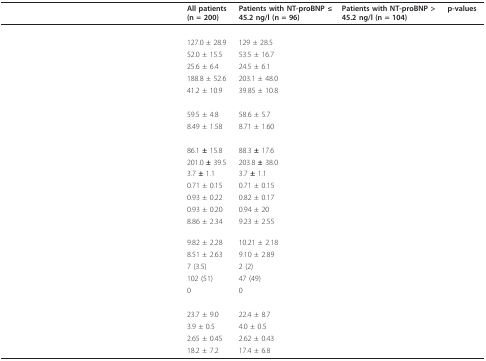
<table><thead><tr><td>[EMPTY_CELL]</td><td><b>All patients (n = 200)</b></td><td><b>Patients with NT-proBNP ≤ 45.2 ng/l (n = 96)</b></td><td><b>Patients with NT-proBNP &gt; 45.2 ng/l (n = 104)</b></td><td><b>p-values</b></td></tr></thead><tbody><tr><td>[EMPTY_CELL]</td><td>[EMPTY_CELL]</td><td>[EMPTY_CELL]</td><td>[EMPTY_CELL]</td><td>[EMPTY_CELL]</td></tr><tr><td>[EMPTY_CELL]</td><td>127.0 ± 28.9</td><td>129 ± 28.5</td><td>[EMPTY_CELL]</td><td>[EMPTY_CELL]</td></tr><tr><td>[EMPTY_CELL]</td><td>52.0 ± 15.5</td><td>53.5 ± 16.7</td><td>[EMPTY_CELL]</td><td>[EMPTY_CELL]</td></tr><tr><td>[EMPTY_CELL]</td><td>25.6 ± 6.4</td><td>24.5 ± 6.1</td><td>[EMPTY_CELL]</td><td>[EMPTY_CELL]</td></tr><tr><td>[EMPTY_CELL]</td><td>188.8 ± 52.6</td><td>203.1 ± 48.0</td><td>[EMPTY_CELL]</td><td>[EMPTY_CELL]</td></tr><tr><td>[EMPTY_CELL]</td><td>41.2 ± 10.9</td><td>39.85 ± 10.8</td><td>[EMPTY_CELL]</td><td>[EMPTY_CELL]</td></tr><tr><td>[EMPTY_CELL]</td><td>[EMPTY_CELL]</td><td>[EMPTY_CELL]</td><td>[EMPTY_CELL]</td><td>[EMPTY_CELL]</td></tr><tr><td>[EMPTY_CELL]</td><td>59.5 ± 4.8</td><td>58.6 ± 5.7</td><td>[EMPTY_CELL]</td><td>[EMPTY_CELL]</td></tr><tr><td>[EMPTY_CELL]</td><td>8.49 ± 1.58</td><td>8.71 ± 1.60</td><td>[EMPTY_CELL]</td><td>[EMPTY_CELL]</td></tr><tr><td>[EMPTY_CELL]</td><td>[EMPTY_CELL]</td><td>[EMPTY_CELL]</td><td>[EMPTY_CELL]</td><td>[EMPTY_CELL]</td></tr><tr><td>[EMPTY_CELL]</td><td>86.1 <b>± </b>15.8</td><td>88.3 <b>± </b>17.6</td><td>[EMPTY_CELL]</td><td>[EMPTY_CELL]</td></tr><tr><td>[EMPTY_CELL]</td><td>201.0 <b>± </b>39.5</td><td>203.8 <b>± </b>38.0</td><td>[EMPTY_CELL]</td><td>[EMPTY_CELL]</td></tr><tr><td>[EMPTY_CELL]</td><td>3.7 <b>± </b>1.1</td><td>3.7 <b>± </b>1.1</td><td>[EMPTY_CELL]</td><td>[EMPTY_CELL]</td></tr><tr><td>[EMPTY_CELL]</td><td>0.71 ± 0.15</td><td>0.71 ± 0.15</td><td>[EMPTY_CELL]</td><td>[EMPTY_CELL]</td></tr><tr><td>[EMPTY_CELL]</td><td>0.93 ± 0.22</td><td>0.82 ± 0.17</td><td>[EMPTY_CELL]</td><td>[EMPTY_CELL]</td></tr><tr><td>[EMPTY_CELL]</td><td>0.93 ± 0.20</td><td>0.94 ± 20</td><td>[EMPTY_CELL]</td><td>[EMPTY_CELL]</td></tr><tr><td>[EMPTY_CELL]</td><td>8.86 ± 2.34</td><td>9.23 ± 2.55</td><td>[EMPTY_CELL]</td><td>[EMPTY_CELL]</td></tr><tr><td>[EMPTY_CELL]</td><td>9.82 ± 2.28</td><td>10.21 ± 2.18</td><td>[EMPTY_CELL]</td><td>[EMPTY_CELL]</td></tr><tr><td>[EMPTY_CELL]</td><td>8.51 ± 2.63</td><td>9.10 ± 2.89</td><td>[EMPTY_CELL]</td><td>[EMPTY_CELL]</td></tr><tr><td>[EMPTY_CELL]</td><td>7 (3.5)</td><td>2 (2)</td><td>[EMPTY_CELL]</td><td>[EMPTY_CELL]</td></tr><tr><td>[EMPTY_CELL]</td><td>102 (51)</td><td>47 (49)</td><td>[EMPTY_CELL]</td><td>[EMPTY_CELL]</td></tr><tr><td>[EMPTY_CELL]</td><td>0</td><td>0</td><td>[EMPTY_CELL]</td><td>[EMPTY_CELL]</td></tr><tr><td>[EMPTY_CELL]</td><td>[EMPTY_CELL]</td><td>[EMPTY_CELL]</td><td>[EMPTY_CELL]</td><td>[EMPTY_CELL]</td></tr><tr><td>[EMPTY_CELL]</td><td>23.7 ± 9.0</td><td>22.4 ± 8.7</td><td>[EMPTY_CELL]</td><td>[EMPTY_CELL]</td></tr><tr><td>[EMPTY_CELL]</td><td>3.9 ± 0.5</td><td>4.0 ± 0.5</td><td>[EMPTY_CELL]</td><td>[EMPTY_CELL]</td></tr><tr><td>[EMPTY_CELL]</td><td>2.65 ± 0.45</td><td>2.62 ± 0.43</td><td>[EMPTY_CELL]</td><td>[EMPTY_CELL]</td></tr><tr><td>[EMPTY_CELL]</td><td>18.2 ± 7.2</td><td>17.4 ± 6.8</td><td>[EMPTY_CELL]</td><td>[EMPTY_CELL]</td></tr></tbody></table>